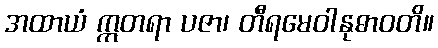
အထာယံ ဣတရာ ပဇာ၊ တီရမေဝါနုဓာဝတိ။